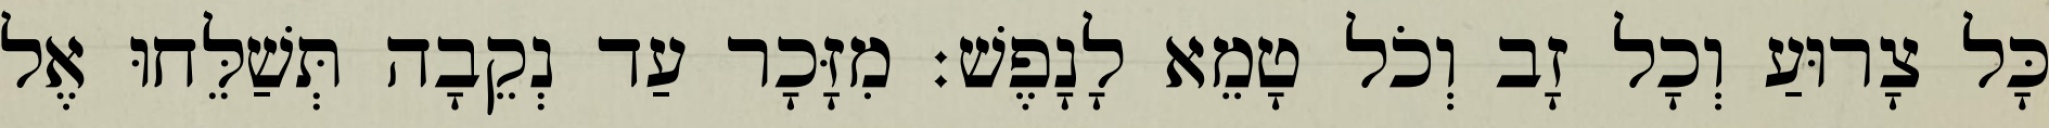
כָּל צָרוּעַ וְכָל זָב וְכֹל טָמֵא לָנָפֶשׁ׃ מִזָּכָר עַד נְקֵבָה תְּשַׁלֵּחוּ אֶל